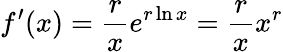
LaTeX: f^{\prime}(x)={\frac{r}{x}}e^{r\ln x}={\frac{r}{x}}x^{r}